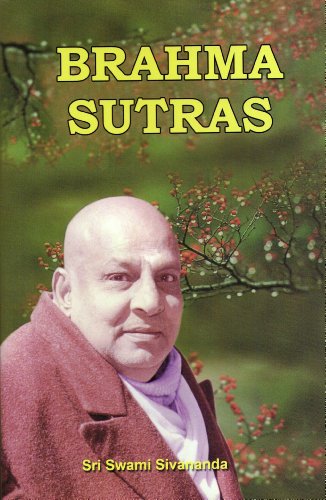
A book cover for Brahma Sutras: Text, Word-to-Word Meaning, Translation, and Commentary; Badarayana; Religion & Spirituality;